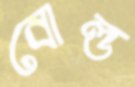
বোল্ড